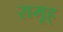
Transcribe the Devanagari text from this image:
समूह्